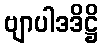
ဗျာပါဒဒိဋ္ဌိ